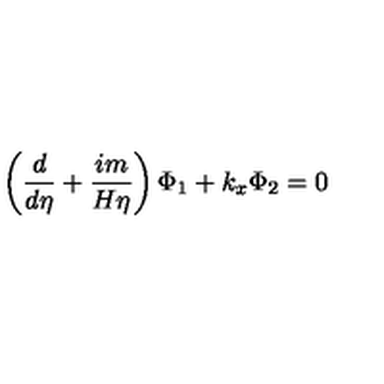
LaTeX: \left( \frac d { d \eta } + \frac { i m } { H \eta } \right) \Phi _ { 1 } + k _ { x } \Phi _ { 2 } = 0